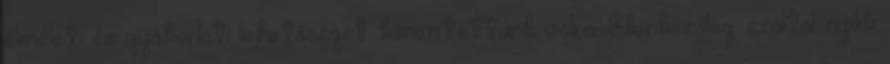
elméleti és gyakorlati lehetőséget kimerítettünk volna. Ellenkezőleg: ezáltal nyílik